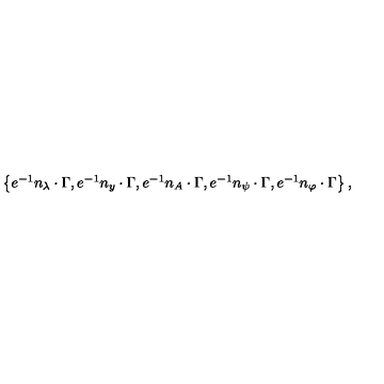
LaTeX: \begin{array} { l } { \left\{ e ^ { - 1 } n _ { \lambda } \cdot \Gamma , e ^ { - 1 } n _ { y } \cdot \Gamma , e ^ { - 1 } n _ { A } \cdot \Gamma , e ^ { - 1 } n _ { \psi } \cdot \Gamma , e ^ { - 1 } n _ { \varphi } \cdot \Gamma \right\} , } \\ \end{array}